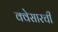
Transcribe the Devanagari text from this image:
क्वेसारची